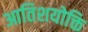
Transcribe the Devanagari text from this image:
आतिशयोक्ति